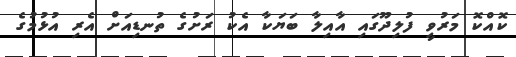
ކޮއްކޮ މަރުވީ ފުލިދޫގައި އާއިލާ ބަޔަކާ އެކު ރަށުގެ ތުނޑިއަށް އެރި އުޅުމުގެ